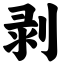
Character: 剥